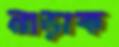
নাড়াক